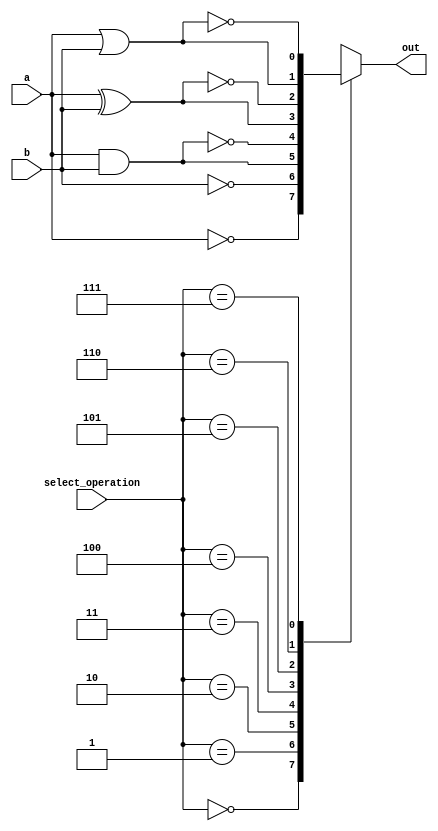
module Guia_0705 (
    input a,
    input b,
    input [2:0] select_operation,
    output reg out
);

  // Declarao de fios internos
  wire not_a, not_b;
  wire and_out, nand_out, xor_out, xnor_out, or_out, nor_out;

  // Implementao das portas lgicas
  not (not_a, a);
  not (not_b, b);
  and (and_out, a, b);
  nand (nand_out, a, b);
  xor (xor_out, a, b);
  xnor (xnor_out, a, b);
  or (or_out, a, b);
  nor (nor_out, a, b);

  // Seleo da operao
  always @*
  begin
    case(select_operation)
      3'b000: out = not_a; // NOT A
      3'b001: out = not_b; // NOT B
      3'b010: out = and_out; // AND
      3'b011: out = nand_out; // NAND
      3'b100: out = xor_out; // XOR
      3'b101: out = xnor_out; // XNOR
      3'b110: out = or_out; // OR
      3'b111: out = nor_out; // NOR
      default: out = 1'bx; // Caso invlido
    endcase
  end

endmodule

module test_Guia_0705;

  reg a, b;
  reg [2:0] select_operation;
  wire out;

  // Instanciar o mdulo Guia_0705
  Guia_0705 uut (a, b, select_operation, out);

  initial begin
    $display(" a b sel_op out");
    a = 1'b0; b = 1'b1; select_operation = 3'b010; // Teste com AND

    // Projetar testes do mdulo
    #1 $monitor("%b %b %b %b", a, b, select_operation, out);
    #1 select_operation = 3'b100; // Teste com XOR
    #1 select_operation = 3'b111; // Teste com NOR
    #1 select_operation = 3'b000; // Teste com NOT A
    #1 select_operation = 3'b001; // Teste com NOT B
  end

endmodule